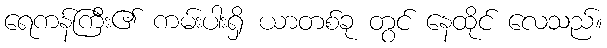
ရေကန်ကြီး၏ ကမ်းပါးရှိ ယာတစ်ခု တွင် နေထိုင် လေသည်။